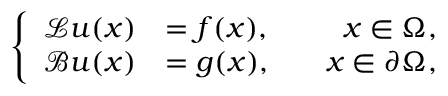
\left\{ \begin{array} { r l r } { \mathcal { L } \boldsymbol { u } ( \boldsymbol { x } ) } & { = \boldsymbol { f } ( \boldsymbol { x } ) , } & { \quad \boldsymbol { x } \in \Omega , } \\ { \mathcal { B } \boldsymbol { u } ( \boldsymbol { x } ) } & { = \boldsymbol { g } ( \boldsymbol { x } ) , } & { \quad \boldsymbol { x } \in \partial \Omega , } \end{array} \right.